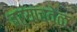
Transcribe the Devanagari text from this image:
बऱ्याचवेळ